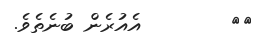
٧١        އެއުރެން ބުނެތެވެ.